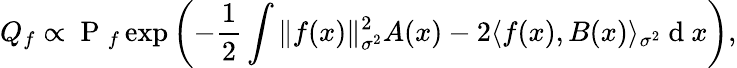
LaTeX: {Q}_{f}\propto\mathrm{~P~}_{f}\exp\left({-\frac{1}{2}\int\| f(x)\| _{\sigma^{2}}^{2}A(x)-2\langle f(x),B(x)\rangle_{\sigma^{2}}}\mathrm{~d~}x\right),